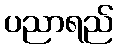
ပညာရည်